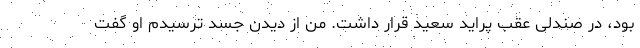
بود، در صندلی عقب پراید سعید قرار داشت. من از دیدن جسد ترسیدم او گفت